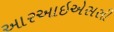
આરઆઇએસસી